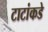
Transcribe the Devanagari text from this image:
टाटांकडे